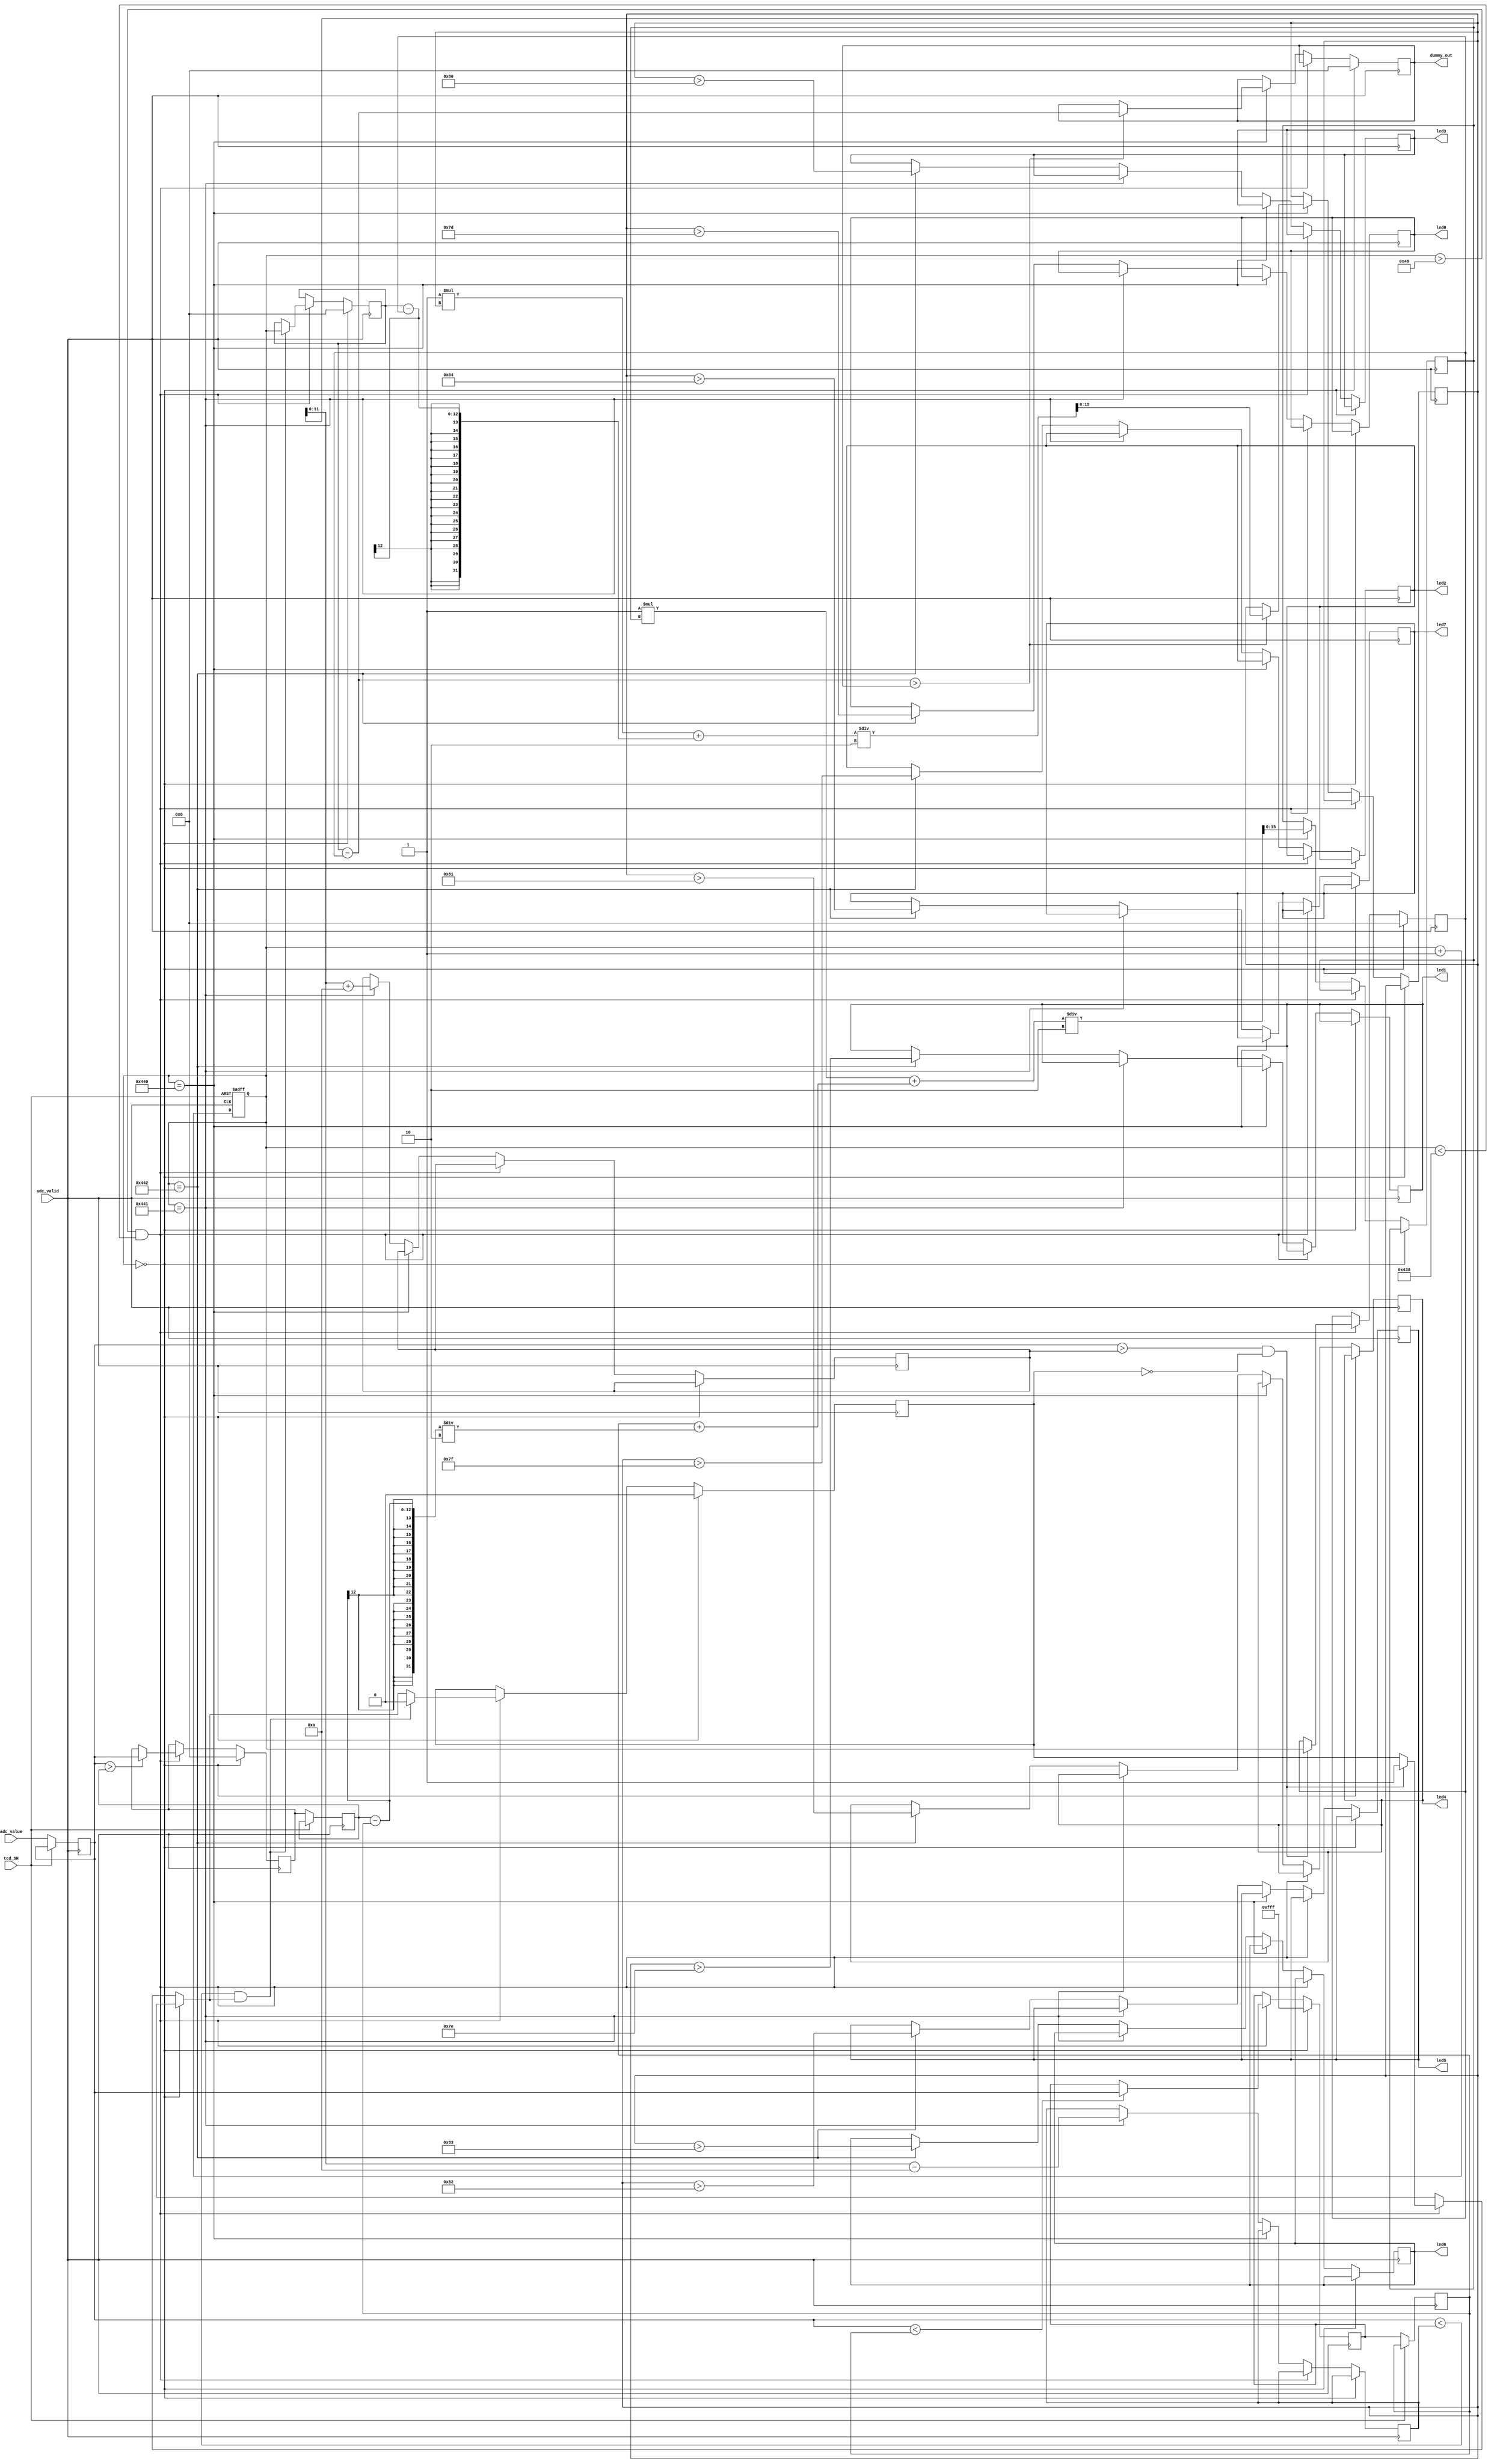
module led_drv (
	 adc_valid,
    adc_value,
	 tcd_SH,
	 led0,
	 led1,
	 led2,
	 led3,
	 led4,
	 led5,
	 led6,
	 led7,
	 dummy_out
);

input [11:0] adc_value;
input adc_valid;
input tcd_SH;
output led0;
output led1;
output led2;
output led3;
output led4;
output led5;
output led6;
output led7;
reg r_led0;
reg r_led1;
reg r_led2;
reg r_led3;
reg r_led4;
reg r_led5;
reg r_led6;
reg r_led7;

reg pixel_state;
reg [11:0] pixel_value;
reg [11:0] pixel_count;
reg [11:0] pixel_count_total;
reg [11:0] pixel_value_max_cur;
reg [11:0] pixel_value_min_cur;
reg [11:0] pixel_value_max_next;
reg [11:0] pixel_value_min_next;
reg [11:0] pixel_value_max;
reg [11:0] pixel_value_min;
reg [15:0] pixel_margin_avg;
reg [11:0] pixel_margin_h;
reg [11:0] pixel_margin_l;
reg [11:0] drop_start;
reg [11:0] drop_end;
reg [11:0] drop_width;
reg [15:0] drop_width_avg;

output [11:0] dummy_out;


always @ (posedge tcd_SH or posedge adc_valid)
begin
	if(tcd_SH) begin
		pixel_count = 0;
		/* reset current frame statistics */
	end else begin
		pixel_count = pixel_count + 1;
		pixel_count_total = pixel_count_total + 1;
		pixel_value = adc_value;
		pixel_value_max_cur = pixel_value_max_next;
		pixel_value_min_cur = pixel_value_min_next;
	end
end


always @ (negedge adc_valid)
begin

	if(pixel_count == 0) begin
	
		drop_start = 0;
		drop_end = 0;
		pixel_state = 0;
		pixel_value_max_next = 0;
		drop_width = 0;
		pixel_value_min_next = -1;
		
	end else if(pixel_count > 70 && pixel_count < 1080) begin
	
		/* update current frame statistics */
		if(pixel_value > pixel_value_max_cur) begin
			pixel_value_max_next = pixel_value;
		end
		if(pixel_value < pixel_value_min_cur) begin
			pixel_value_min_next = pixel_value;
		end
		
		if(pixel_value > pixel_margin_h && pixel_state == 0) begin
			pixel_state = 1;
			drop_start = pixel_count;
		end
		if(pixel_value < pixel_margin_l && pixel_state == 1) begin
			pixel_state = 0;
			drop_end = pixel_count;
		end
		
	end else if(pixel_count == 1088) begin
	
		/* update statistics */
		pixel_value_max = pixel_value_max_cur;
		pixel_value_min = pixel_value_min_cur;
		
		pixel_margin_avg = (1 * pixel_margin_avg + (pixel_value_min_cur + (pixel_value_max_cur - pixel_value_min_cur) / 2)) / 2;
		
		if(drop_end - drop_start > drop_width) begin
			drop_width = drop_end - drop_start;
			drop_width_avg = (1 * drop_width_avg + (drop_end - drop_start)) / 2;
		end
		
	end else if(pixel_count == 1089) begin
	
		pixel_margin_h = pixel_margin_avg + 10;
		pixel_margin_l = pixel_margin_avg - 10;
		
	end else if(pixel_count == 1090) begin
	
		r_led7 = drop_width_avg > 132;
		r_led6 = drop_width_avg > 131;
		r_led5 = drop_width_avg > 130;
		r_led4 = drop_width_avg > 129;
		r_led3 = drop_width_avg > 128;
		r_led2 = drop_width_avg > 127;
		r_led1 = drop_width_avg > 126;
		r_led0 = drop_width_avg > 125;
	end 
end

assign led0 = r_led0;
assign led1 = r_led1;
assign led2 = r_led2;
assign led3 = r_led3;
assign led4 = r_led4;
assign led5 = r_led5;
assign led6 = r_led6;
assign led7 = r_led7;
assign dummy_out = drop_width;


endmodule